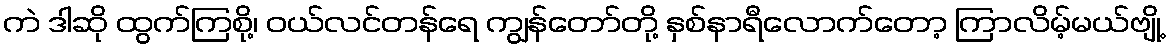
ကဲ ဒါဆို ထွက်ကြစို့၊ ဝယ်လင်တန်ရေ ကျွန်တော်တို့ နှစ်နာရီလောက်တော့ ကြာလိမ့်မယ်ဗျို့